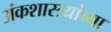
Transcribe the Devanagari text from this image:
अंकशास्त्र्यांच्या